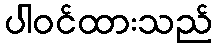
ပါဝင်ထားသည်